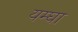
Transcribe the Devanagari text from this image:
यम्घा